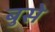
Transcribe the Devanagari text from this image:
बुसे